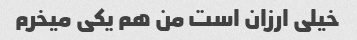
خیلی ارزان است من هم یکی میخرم